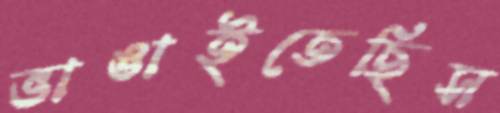
ভাঙাইতেছিস